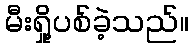
မီးရှို့ပစ်ခဲ့သည်။